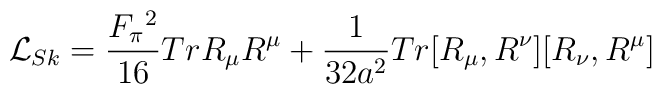
{\cal L}_{Sk}=\frac{F_{\pi}{^2}}{16}TrR_{\mu}R^{\mu}+\frac{1}{32a^2}Tr[R_{\mu},R^{\nu}][R_{\nu},R^{\mu}]